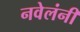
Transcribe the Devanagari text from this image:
नवेलंनी